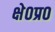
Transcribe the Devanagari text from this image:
क्षे०प्र०